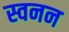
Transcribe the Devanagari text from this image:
स्वनन